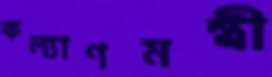
কল্যাণমন্ত্রী